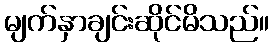
မျက်နှာချင်းဆိုင်မိသည်။